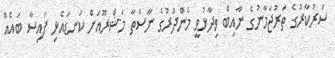
ސަރުކާރުގެ ތަރުޖަމާނުގެ ނާއިބް ވިދާޅުވީ މެންދުރުގެ ނާސްތާ މަޝްރޫއަށް ކަނޑައެޅި ފައިސާ ބައެއް